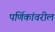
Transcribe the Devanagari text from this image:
पर्णिकांवरील